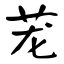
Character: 茏